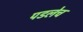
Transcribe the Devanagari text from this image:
पडलेच